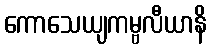
ကောသေယျကမ္ဗလီယာနိ